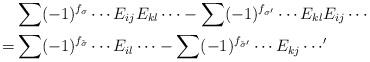
LaTeX: \begin{align*} & \sum(-1)^{f_\sigma}\cdots E_{ij}E_{kl}\cdots-\sum (-1)^{f_{\sigma'}}\cdots E_{kl}E_{ij}\cdots\\ =&\sum (-1)^{f_{\tilde\sigma}}\cdots E_{il}\cdots-\sum(-1)^{f_{\tilde\sigma'}}\cdots E_{kj}\cdots'\end{align*}